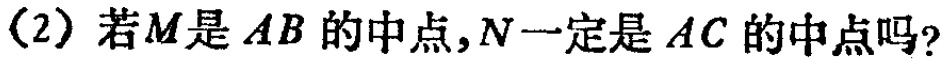
(2) 若\(M\)是\(AB\)的中点，\(N\)一定是\(AC\)的中点吗？